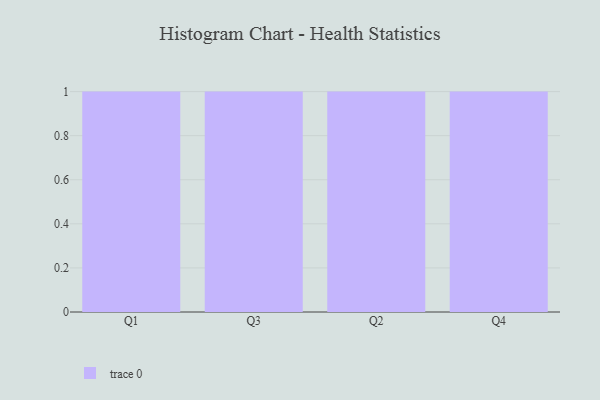
{"axis": {"x": "Quarter", "y": "Market Share (%)"}, "legend": [""], "data": [{"x": "Q1", "y": 19, "type": ""}, {"x": "Q3", "y": 79, "type": ""}, {"x": "Q2", "y": 80, "type": ""}, {"x": "Q4", "y": 98, "type": ""}]}